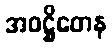
အဝဋ္ဌိတေန